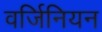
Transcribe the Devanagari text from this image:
वर्जिनियन